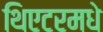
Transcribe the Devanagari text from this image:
थिएटरमधे